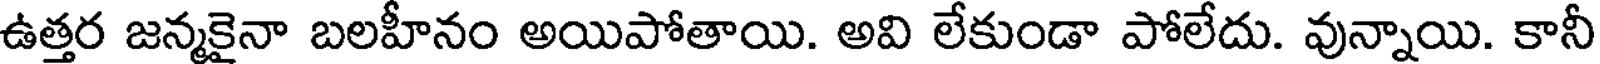
ఉత్తర జన్మకైనా బలహీనం అయిపోతాయి. అవి లేకుండా పోలేదు. వున్నాయి. కానీ